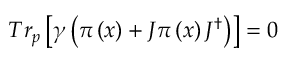
T r _ { p } \left[ \gamma \left( \pi \left( x \right) + J \pi \left( x \right) J ^ { \dagger } \right) \right] = 0